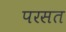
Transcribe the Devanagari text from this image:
परसत